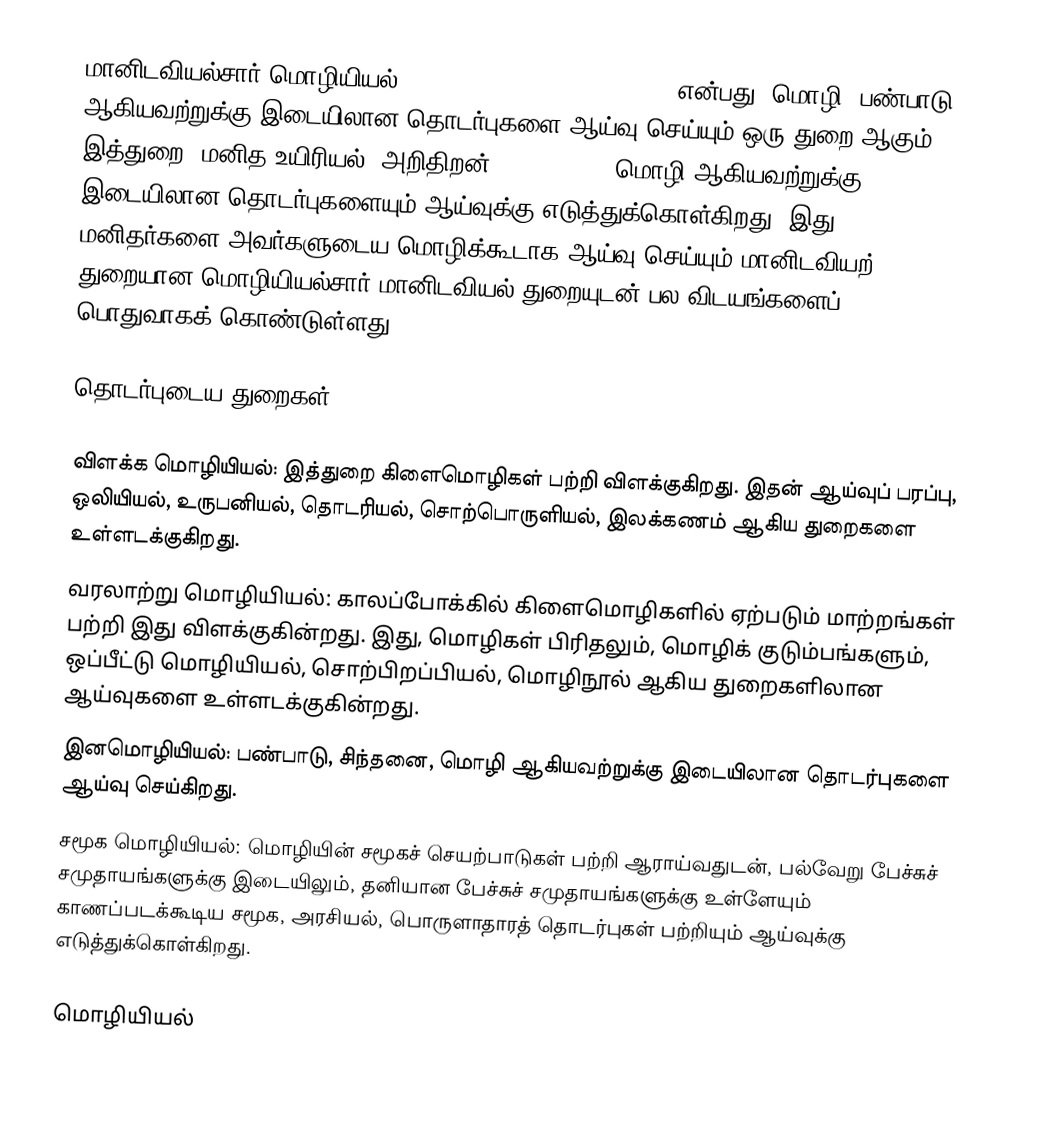
மானிடவியல்சார் மொழியியல் (Anthropological linguistics) என்பது, மொழி, பண்பாடு ஆகியவற்றுக்கு இடையிலான தொடர்புகளை ஆய்வு செய்யும் ஒரு துறை ஆகும். இத்துறை, மனித உயிரியல், அறிதிறன் (cognition), மொழி ஆகியவற்றுக்கு இடையிலான தொடர்புகளையும் ஆய்வுக்கு எடுத்துக்கொள்கிறது. இது, மனிதர்களை அவர்களுடைய மொழிக்கூடாக ஆய்வு செய்யும் மானிடவியற் துறையான மொழியியல்சார் மானிடவியல் துறையுடன் பல விடயங்களைப் பொதுவாகக் கொண்டுள்ளது.

தொடர்புடைய துறைகள்

 விளக்க மொழியியல்: இத்துறை கிளைமொழிகள் பற்றி விளக்குகிறது. இதன் ஆய்வுப் பரப்பு, ஒலியியல், உருபனியல், தொடரியல், சொற்பொருளியல், இலக்கணம் ஆகிய துறைகளை உள்ளடக்குகிறது.
 வரலாற்று மொழியியல்: காலப்போக்கில் கிளைமொழிகளில் ஏற்படும் மாற்றங்கள் பற்றி இது விளக்குகின்றது. இது, மொழிகள் பிரிதலும், மொழிக் குடும்பங்களும், ஒப்பீட்டு மொழியியல், சொற்பிறப்பியல், மொழிநூல் ஆகிய துறைகளிலான ஆய்வுகளை உள்ளடக்குகின்றது.
 இனமொழியியல்: பண்பாடு, சிந்தனை, மொழி ஆகியவற்றுக்கு இடையிலான தொடர்புகளை ஆய்வு செய்கிறது.
 சமூக மொழியியல்: மொழியின் சமூகச் செயற்பாடுகள் பற்றி ஆராய்வதுடன், பல்வேறு பேச்சுச் சமுதாயங்களுக்கு இடையிலும், தனியான பேச்சுச் சமுதாயங்களுக்கு உள்ளேயும் காணப்படக்கூடிய சமூக, அரசியல், பொருளாதாரத் தொடர்புகள் பற்றியும் ஆய்வுக்கு எடுத்துக்கொள்கிறது.

மொழியியல்